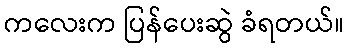
ကလေးက ပြန်ပေးဆွဲ ခံရတယ်။